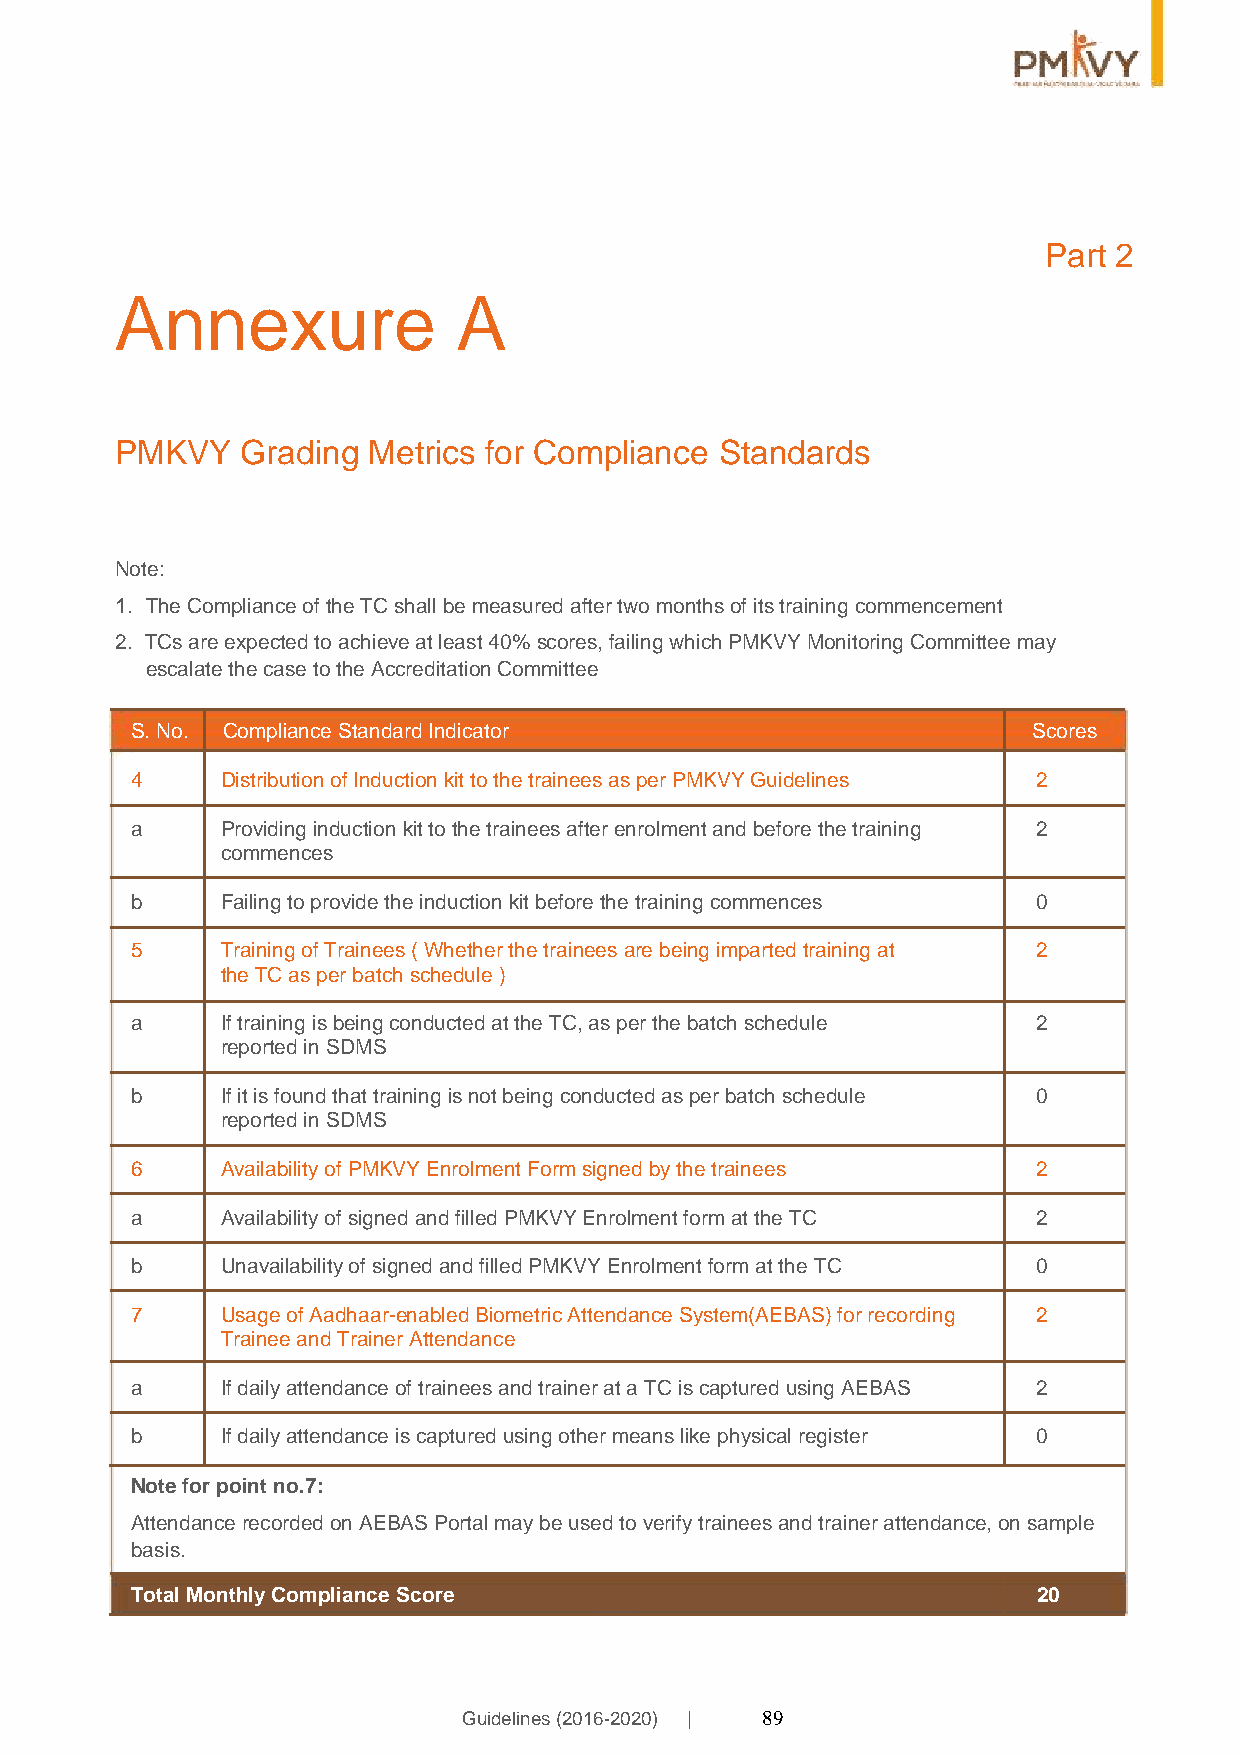
Part 2
 Annexure              A
 PMKVY   Grading Metrics for Compliance  Standards
 Note:
 1. The Compliance of the TC shall be measured after two months of its training commencement
 2. TCs are expected to achieve at least 40% scores, failing which PMKVY Monitoring Committee may
 escalate the case to the Accreditation Committee
 S. No. Compliance Standard Indicator                       Scores
 4     Distribution of Induction kit to the trainees as per PMKVY Guidelines 2
 a     Providing induction kit to the trainees after enrolment and before the training 2
 commences
 b     Failing to provide the induction kit before the training commences 0
 5     Training of Trainees ( Whether the trainees are being imparted training at 2
 the TC as per batch schedule )
 a     If training is being conducted at the TC, as per the batch schedule 2
 reported in SDMS
 b     If it is found that training is not being conducted as per batch schedule 0
 reported in SDMS
 6     Availability of PMKVY Enrolment Form signed by the trainees 2
 a     Availability of signed and filled PMKVY Enrolment form at the TC 2
 b     Unavailability of signed and filled PMKVY Enrolment form at the TC 0
 7     Usage of Aadhaar-enabled Biometric Attendance System(AEBAS) for recording 2
 Trainee and Trainer Attendance
 a     If daily attendance of trainees and trainer at a TC is captured using AEBAS 2
 b     If daily attendance is captured using other means like physical register 0
 Note for point no.7:
 Attendance recorded on AEBAS Portal may be used to verify trainees and trainer attendance, on sample
 basis.
 Total Monthly Compliance Score                              20
 Guidelines (2016-2020) | 89